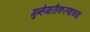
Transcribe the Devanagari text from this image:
गुन्हेगारीकरणाच्या